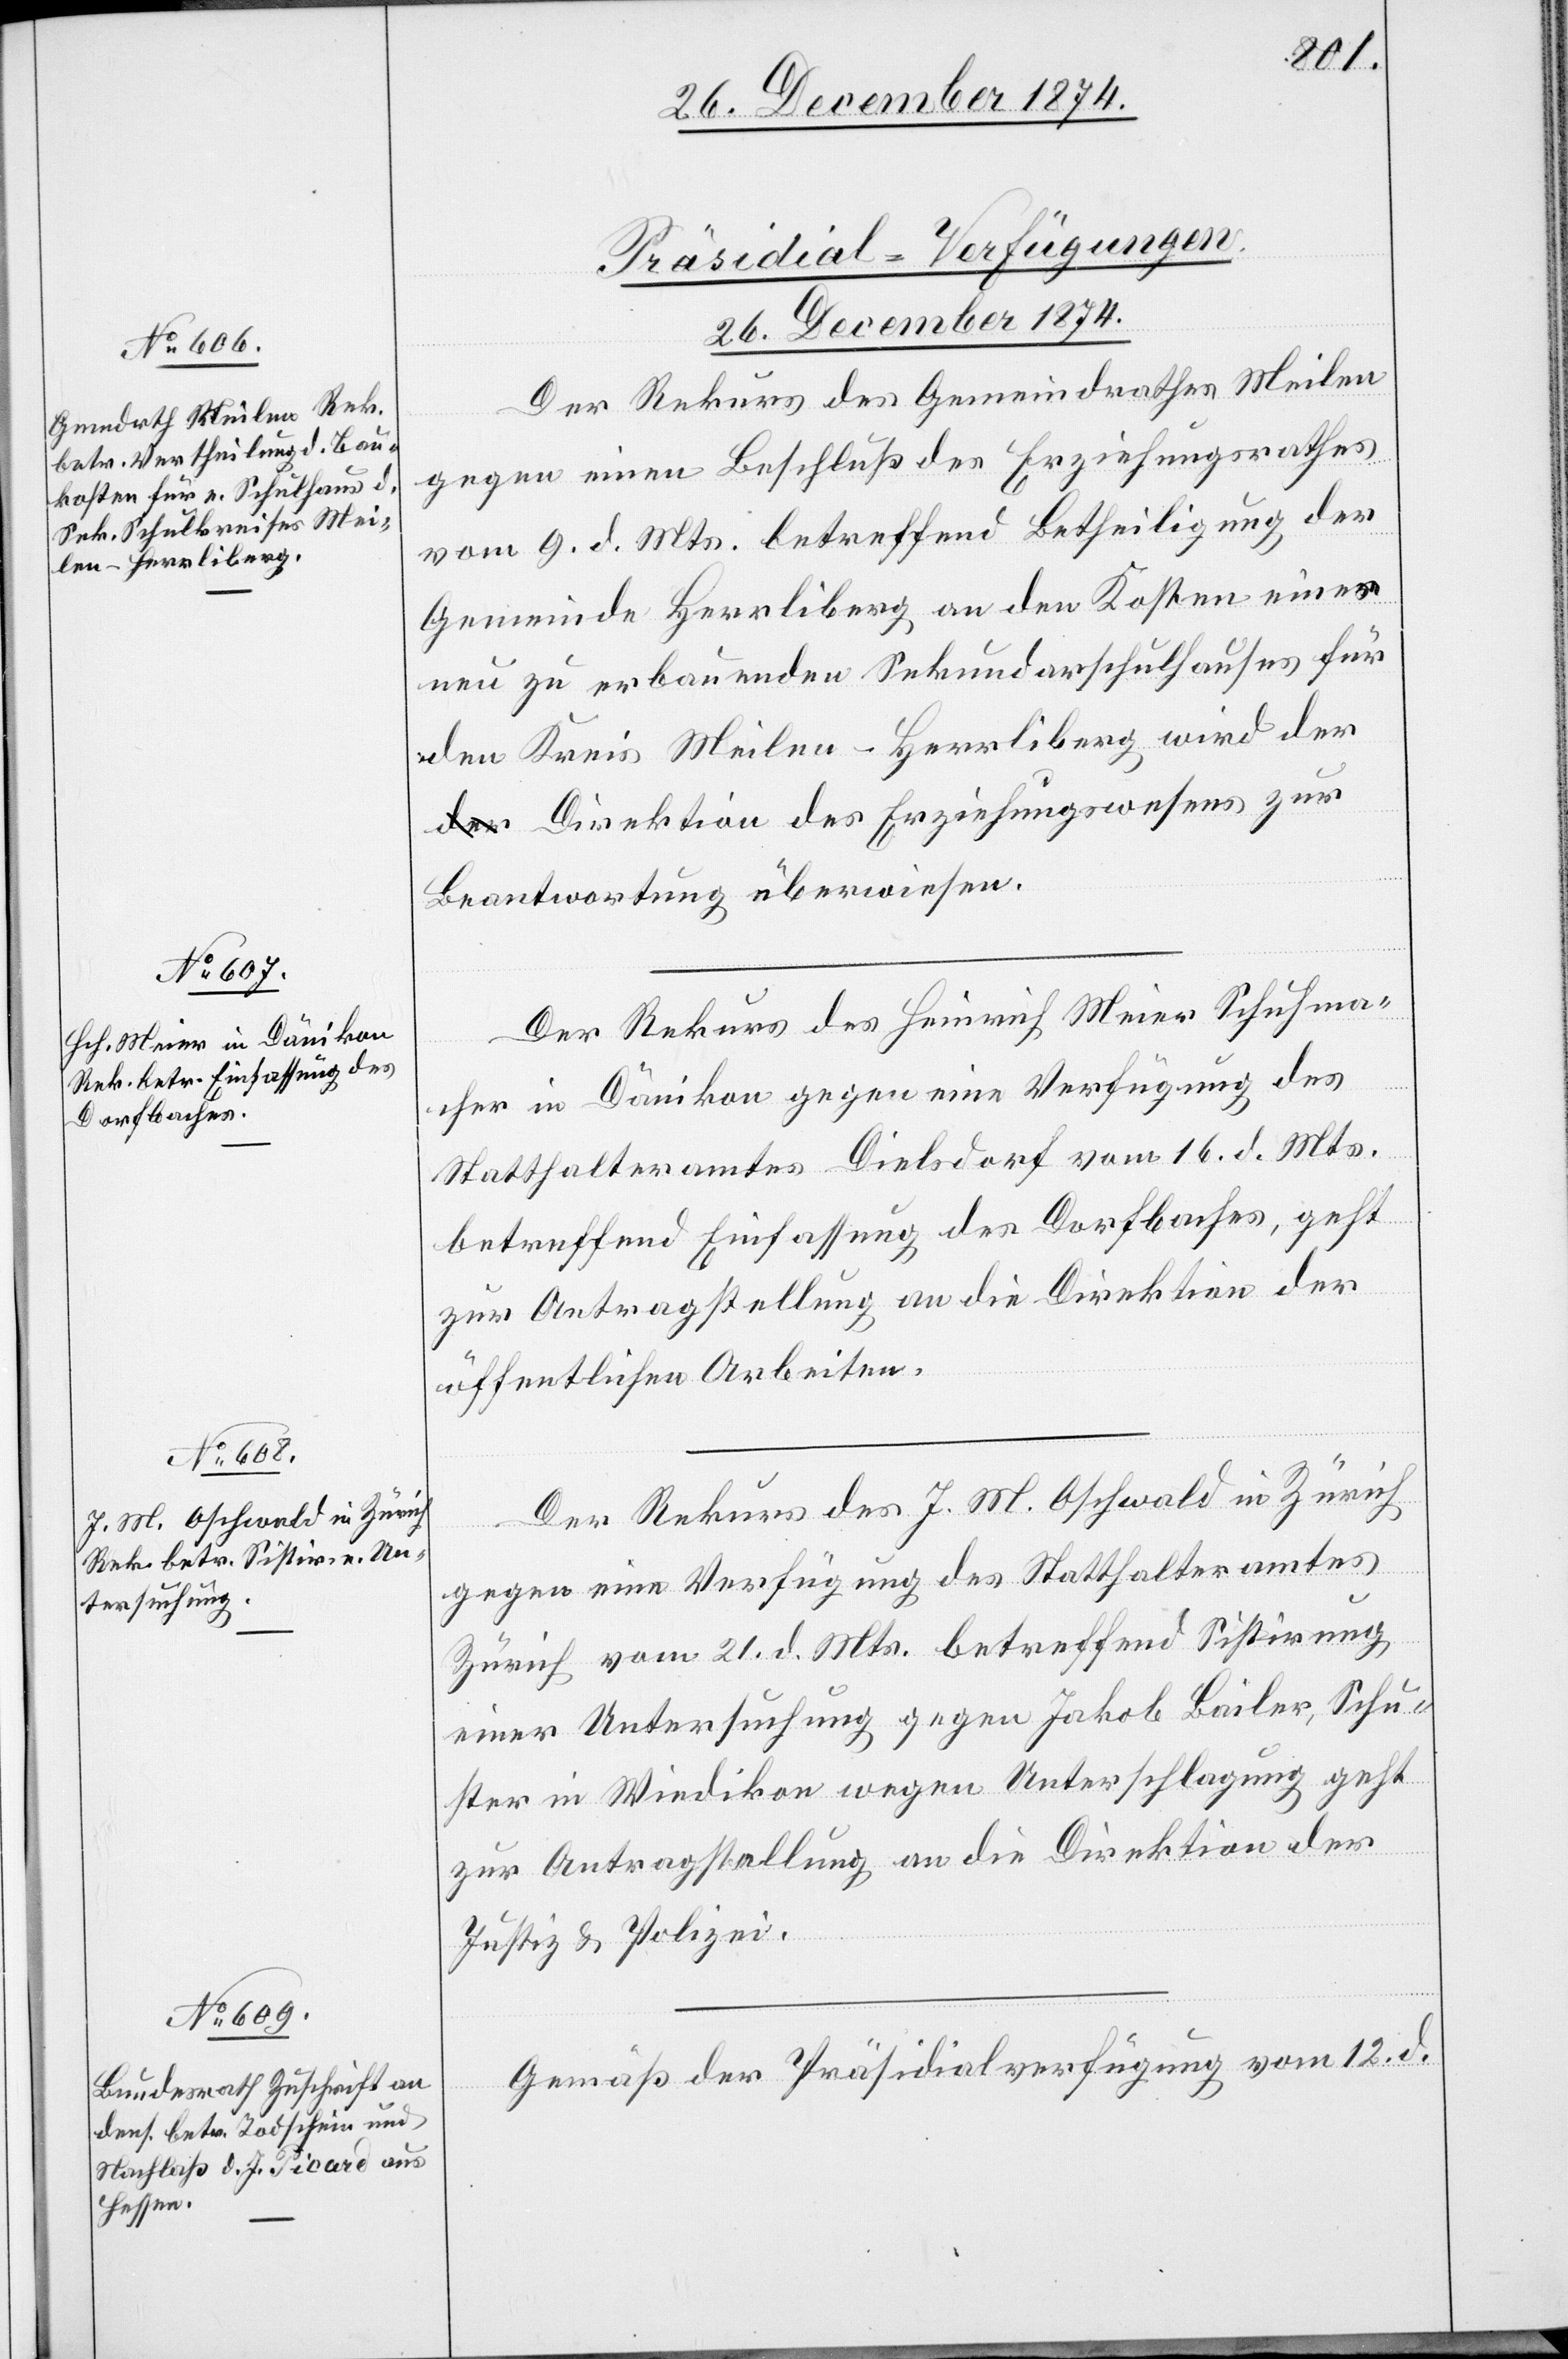
[Präsidial-Verfügungen.
26. December 1874.]
Der Rekurs des Gemeindrathes Meilen
gegen einen Beschluß des Erziehungsrathes
vom 9. d. Mts. betreffend Betheiligung der
Gemeinde Herrliberg an den Kosten eines
neu zu erbauenden Sekundarschulhauses für
den Kreis Meilen-Herrliberg wird de¬
r Direktion des Erziehungswesens zur
Beantwortung überwiesen.
Der Rekurs des Heinrich Meier[,] Schuhma¬
cher in Dänikon gegen eine Verfügung des
Statthalteramtes Dielsdorf vom 16. d. Mts.
betreffend Einfassung des Dorfbaches, geht
zur Antragstellung an die Direktion der
öffentlichen Arbeiten.
Der Rekurs des J. M. Oschwald in Zürich
gegen eine Verfügung des Statthalteramtes
Zürich vom 21. d. Mts. betreffend Sistirung
einer Untersuchung gegen Jakob Bailer, Schu¬
ster in Wiedikon wegen Unterschlagung geht
zur Antragstellung an die Direktion der
Justiz & Polizei.
Gemäß der Präsidialverfügung vom 12. d.